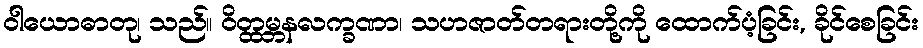
ဝါယောဓာတု၊ သည်။ ဝိတ္ထမ္ဘနလက္ခဏာ၊ သဟဇာတ်တရားတို့ကို ထောက်ပံ့ခြင်း, ခိုင်စေခြင်း